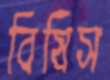
বিষিস